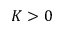
K > 0